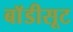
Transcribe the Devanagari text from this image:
बाॅडीसूट